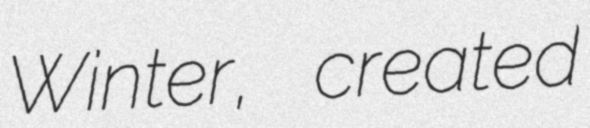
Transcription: Winter, created